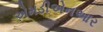
એમડીએનઆર